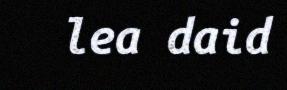
lea daid